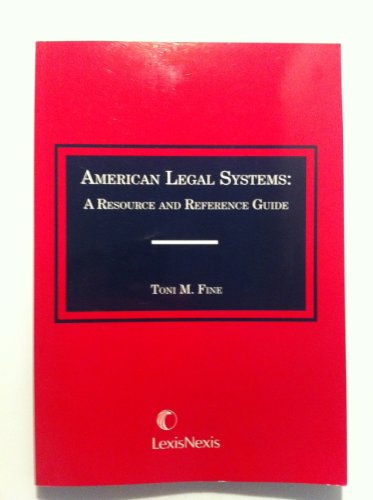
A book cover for American Legal Systems: A Resource and Reference Guide; Toni M. Fine; Law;